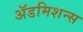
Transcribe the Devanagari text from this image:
अॅडमिशन्स